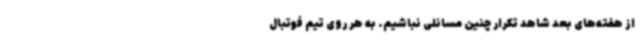
از هفته‌های بعد شاهد تکرار چنین مسائلی نباشیم. به هر روی تیم فوتبال